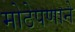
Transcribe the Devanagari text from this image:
मोठेपणाने